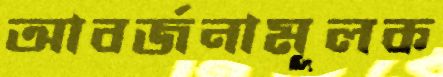
আবর্জনামূলক